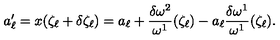
a _ { \ell } ^ { \prime } = x ( \zeta _ { \ell } + \delta \zeta _ { \ell } ) = a _ { \ell } + \frac { \delta \omega ^ { 2 } } { \omega ^ { 1 } } ( \zeta _ { \ell } ) - a _ { \ell } \frac { \delta \omega ^ { 1 } } { \omega ^ { 1 } } ( \zeta _ { \ell } ) .